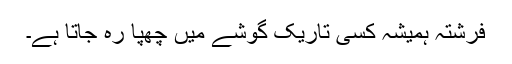
فرشتہ ہمیشہ کسی تاریک گوشے میں چھپا رہ جاتا ہے۔